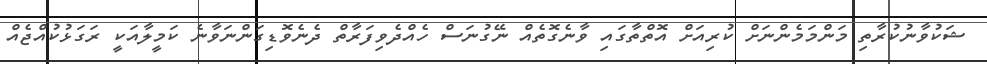
ޝަކުވާނުކުރާތި މަންމަމެންނަށް ކުރިއަށް އޮތްތާގައި ވާނެގޮތެއް ނޭގުނަސް ހެއްދެވިފަރާތް ދެނެވޮޑިގަންނަވާނެ ކަމީލާއަކީ ރަގަޅުކުއްޖެއް